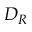
D _ { R }